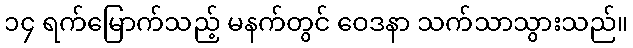
၁၄ ရက်မြောက်သည့် မနက်တွင် ဝေဒနာ သက်သာသွားသည်။